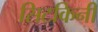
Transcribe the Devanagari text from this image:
सिटकिनी